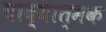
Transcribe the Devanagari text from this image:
वाद्यात्मक